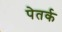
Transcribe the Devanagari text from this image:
पेतर्क